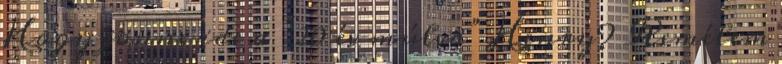
Hogy jönne ide a “20 év múlva” Henry? Remélem